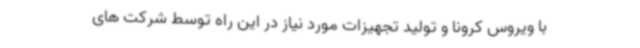
با ویروس کرونا و تولید تجهیزات مورد نیاز در این راه توسط شرکت های